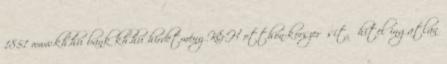
1851 www.kh.hu bank kh.hu hirdetmény K&H otthon-korszerűsítő hitel ingatlan